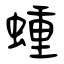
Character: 蝩